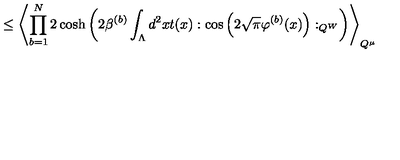
\leq \left\langle \prod _ { b = 1 } ^ { N } 2 \cosh \left( 2 \beta ^ { ( b ) } \int _ { \Lambda } d ^ { 2 } x t ( x ) : \cos \left( 2 \sqrt { \pi } \varphi ^ { ( b ) } ( x ) \right) : _ { Q ^ { W } } \right) \right\rangle _ { Q ^ { \mu } }